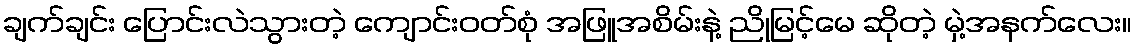
ချက်ချင်း ပြောင်းလဲသွားတဲ့ ကျောင်းဝတ်စုံ အဖြူအစိမ်းနဲ့ ညိုမြင့်မေ ဆိုတဲ့ မှဲ့အနက်လေး။